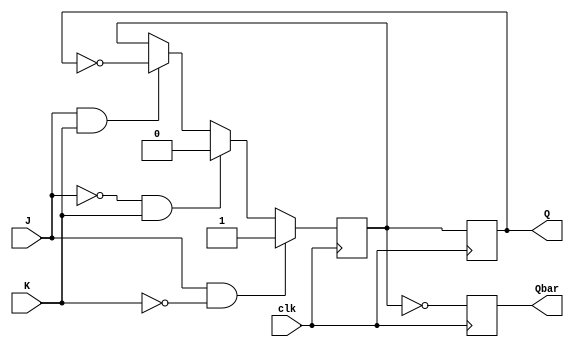
module neg_edge_JK_FF (
    input J, // input J
    input K, // input K
    input clk, // clock input
    output reg Q, // output Q
    output reg Qbar // output Q'
);

reg Q_next;

always @(negedge clk) begin
    if (J & ~K) begin
        Q_next <= 1;
    end else if (~J & K) begin
        Q_next <= 0;
    end else if (J & K) begin
        Q_next <= ~Q;
    end
end

always @(posedge clk) begin
    Q <= Q_next;
    Qbar <= ~Q_next;
end

endmodule